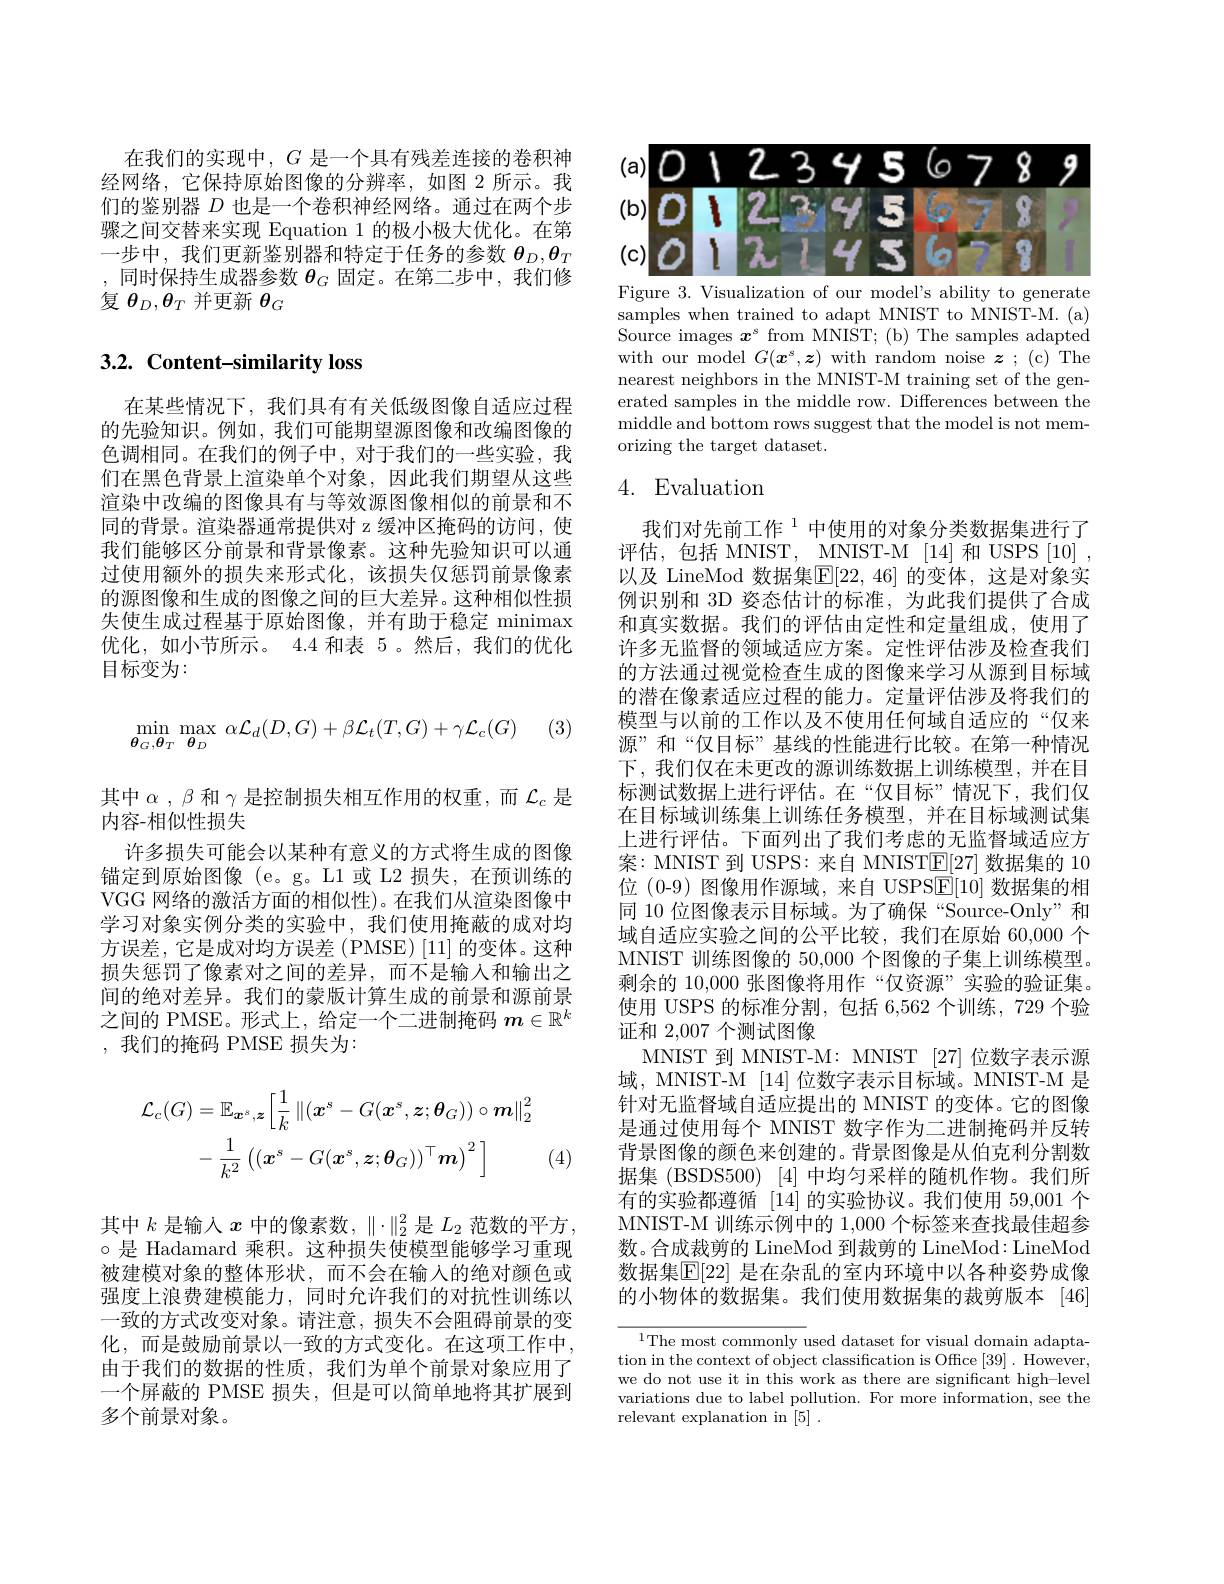
在我们的实现中，$G$是一个具有残差连接的卷积神经网络，它保持原始图像的分辨率，如图 2 所示。我们的鉴别器$D$也是一个卷积神经网络。通过在两个步骤之间交替来实现 Equation 1 的极小极大优化。在第一步中，我们更新鉴别器和特定于任务的参数$\theta_D,\theta_T$ ,同时保持生成器参数$\theta_G$固定。在第二步中，我们修复$\theta_D,\boldsymbol{\theta}_T$ 并更新 $\theta_G$

# 3.2. Content-similarity loss

在某些情况下，我们具有有关低级图像自适应过程的先验知识。例如，我们可能期望源图像和改编图像的色调相同。在我们的例子中，对于我们的一些实验，我们在黑色背景上渲染单个对象，因此我们期望从这些渲染中改编的图像具有与等效源图像相似的前景和不同的背景。渲染器通常提供对 z 缓冲区掩码的访问，使我们能够区分前景和背景像素。这种先验知识可以通过使用额外的损失来形式化，该损失仅惩罚前景像素的源图像和生成的图像之间的巨大差异。这种相似性损失使生成过程基于原始图像，并有助于稳定 minimax 优化，如小节所示。4.4 和表 5 。然后，我们的优化目标变为：

(3)
$$\min_{\boldsymbol{\theta}_{G},\boldsymbol{\theta}_{T}}\max_{\boldsymbol{\theta}_{D}}\:\alpha\mathcal{L}_{d}(D,G)+\beta\mathcal{L}_{t}(T,G)+\gamma\mathcal{L}_{c}(G)$$
其中$\alpha,\beta$和$\gamma$是控制损失相互作用的权重，而$\mathcal{L}_c$是
内容-相似性损失
许多损失可能会以某种有意义的方式将生成的图像锚定到原始图像 (e。g。L1 或 L2 损失，在预训练的VGG 网络的激活方面的相似性)。在我们从渲染图像中学习对象实例分类的实验中，我们使用掩蔽的成对均方误差，它是成对均方误差(PMSE)[11]的变体。这种损失惩罚了像素对之间的差异，而不是输入和输出之间的绝对差异。我们的蒙版计算生成的前景和源前景之间的 PMSE。形式上，给定一个二进制掩码$m\in\mathbb{R}^k$ ,我们的掩码 PMSE 损失为：
$$\begin{aligned}\mathcal{L}_{c}(G)&=\mathbb{E}_{\boldsymbol{x}^{s},\boldsymbol{z}}\left[\frac{1}{k}\left\|(\boldsymbol{x}^{s}-G(\boldsymbol{x}^{s},\boldsymbol{z};\boldsymbol{\theta}_{G})\right)\circ\boldsymbol{m}\right\|_{2}^{2}\\&-\:\frac{1}{k^{2}}\left((\boldsymbol{x}^{s}-G(\boldsymbol{x}^{s},\boldsymbol{z};\boldsymbol{\theta}_{G}))^{\top}\boldsymbol{m}\right)^{2}\:\Big]\end{aligned}$$
(4)

其中$k$是输入$x$中的像素数，$\|\cdot\|_2^2$是$L_2$范数的平方， $\circ$是 Hadamard 乘积。这种损失使模型能够学习重现被建模对象的整体形状，而不会在输入的绝对颜色或强度上浪费建模能力，同时允许我们的对抗性训练以一致的方式改变对象。请注意，损失不会阻碍前景的变化，而是鼓励前景以一致的方式变化。在这项工作中， 由于我们的数据的性质，我们为单个前景对象应用了一个屏蔽的 PMSE 损失，但是可以简单地将其扩展到多个前景对象。

<FigureHere>

Figure 3. Visualization of our model's ability to generate samples when trained to adapt MNIST to MNIST-M.(a) $\hat{\text{Source images }x}^{s}$ from MNI$\hat\text{ST;(b)}$ The samples adapted with our model $G(\boldsymbol{x}^s,\boldsymbol{z})$ with random noise $\boldsymbol{z};$(c)The nearest neighbors in the MNIST-M training set of the generated samples in the middle row. Differences between the middle and bottom rows suggest that the model is not memorizing the target dataset.

# 4. Evaluation

我们对先前工作$^{1}$中使用的对象分类数据集进行了评估，包括MNIST，MNIST-M[14]和USPS[10], 以及 LineMod 数据集$\boxed{\mathrm{E}}[22,46]$ 的变体，这是对象实例识别和 3D 姿态估计的标准，为此我们提供了合成和真实数据。我们的评估由定性和定量组成，使用了许多无监督的领域适应方案。定性评估涉及检查我们的方法通过视觉检查生成的图像来学习从源到目标域的潜在像素适应过程的能力。定量评估涉及将我们的模型与以前的工作以及不使用任何域自适应的“仅来源”和“仅目标”基线的性能进行比较。在第一种情况下，我们仅在未更改的源训练数据上训练模型，并在目标测试数据上进行评估。在“仅目标”情况下，我们仅在目标域训练集上训练任务模型，并在目标域测试集上进行评估。下面列出了我们考虑的无监督域适应方案：MNIST 到 USPS: 来自 MNIST$\boxed{\mathrm{E}}[27]$数据集的 10位 (0-9) 图像用作源域，来自 USPS$\underline{\mathrm{E}}[10]$数据集的相同 10 位图像表示目标域。为了确保“Source-Only”和域自适应实验之间的公平比较，我们在原始 60,000 个MNIST 训练图像的 50,000 个图像的子集上训练模型。剩余的 10,000 张图像将用作“仅资源”实验的验证集。使用 USPS 的标准分割，包括 6,562 个训练，729 个验证和 2,007 个测试图像
MNIST 到 MNIST-M: MNIST [27] 位数字表示源域，MNIST-M [14]位数字表示目标域。MNIST-M 是针对无监督域自适应提出的 MNIST 的变体。它的图像是通过使用每个 MNIST 数字作为二进制掩码并反转背景图像的颜色来创建的。背景图像是从伯克利分割数据集 (BSDS500) [4] 中均匀采样的随机作物。我们所有的实验都遵循 [14] 的实验协议。我们使用 59,001 个MNIST-M 训练示例中的 1,000 个标签来查找最佳超参数。合成裁剪的 LineMod 到裁剪的 LineMod: LineMod 数据集$\mathbb{E}[22]$ 是在杂乱的室内环境中以各种姿势成像的小物体的数据集。我们使用数据集的裁剪版本 [46]

$^{1}$The most commonly used dataset for visual domain adaptation in the context of object classification is Office [39] . However, we do not use it in this work as there are significant high-level variations due to label pollution. For more information, see the relevant explanation in [5] .